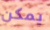
يمكن